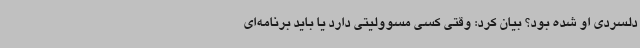
دلسردی او شده بود؟ بیان کرد: وقتی کسی مسوولیتی دارد یا باید برنامه‌ای